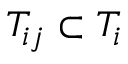
T _ { i j } \subset T _ { i }